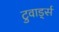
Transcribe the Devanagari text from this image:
टुवार्ड्स